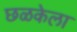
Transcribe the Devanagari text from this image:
छळकेला